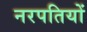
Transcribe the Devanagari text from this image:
नरपतियों